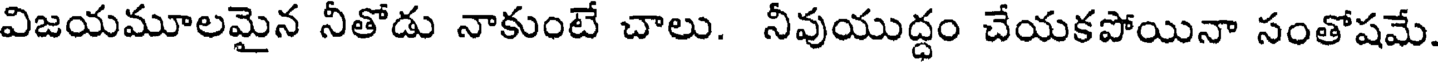
విజయమూలమైన నీతోడు నాకుంటే చాలు. నీవుయుద్ధం చేయకపోయినా సంతోషమే.